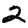
Digit: 2